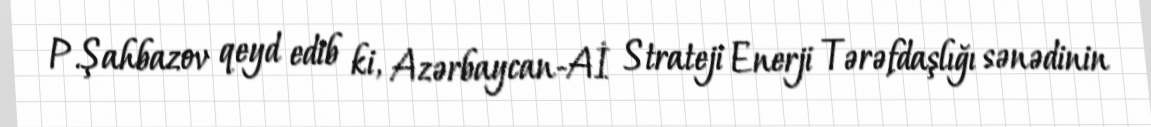
P.Şahbazov qeyd edib ki, Azərbaycan-Aİ Strateji Enerji Tərəfdaşlığı sənədinin